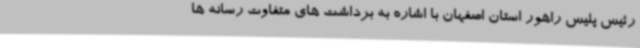
رئیس پلیس راهور استان اصفهان با اشاره به برداشت های متفاوت رسانه ها